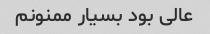
عالی بود بسیار ممنونم